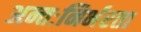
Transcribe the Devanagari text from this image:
अन्तःनिर्भरता